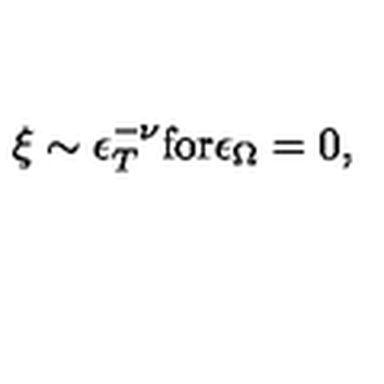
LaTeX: \xi \sim \epsilon _ { T } ^ { - \nu } \mathrm { f o r } \epsilon _ { \Omega } = 0 ,